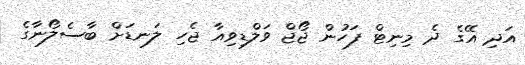
އަދި އޭގެ ދެ މިނިޓް ފަހުން ޖޯޖް ވަލްޑިވިއާ ޖެހި ލަނޑަށް ބާސެލޯނާގެ